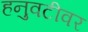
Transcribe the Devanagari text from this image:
हनुवटीवर